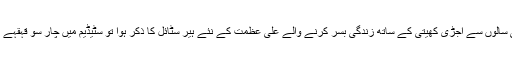
پچھلے کئی سالوں سے اجڑی کھیتی کے ساتھ زندگی بسر کرنے والے علی عظمت کے نئے ہیر سٹائل کا ذکر ہوا تو سٹیڈیم میں چار سو قہقہے بلند ہوگئے۔